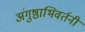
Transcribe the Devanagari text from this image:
अंगुष्ठाभिवर्तनी